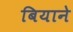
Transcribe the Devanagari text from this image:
बियाने